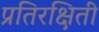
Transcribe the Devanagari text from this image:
प्रतिरक्षिती